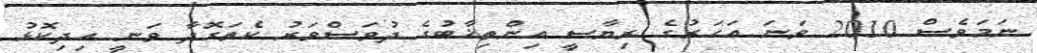
ނަމަވެސް 2010 ވަނަ އަހަރުގެ ރިޔާސީ އިންތިޚާބުގެ ދުވަސްވަރު ކެތަގޮދާ ވަނީ އިދިކޮޅު